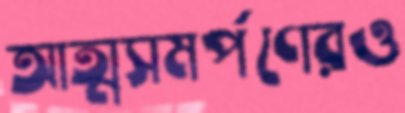
আত্মসমর্পণেরও